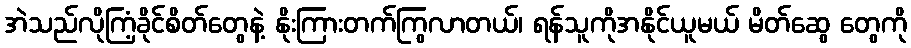
အဲသည်လိုကြံ့ခိုင်စိတ်တွေနဲ့ နိုးကြားတက်ကြွလာတယ်၊ ရန်သူကိုအနိုင်ယူမယ် မိတ်ဆွေ တွေကို